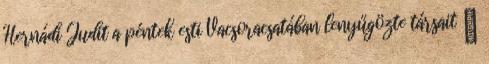
Hernádi Judit a péntek esti Vacsoracsatában lenyűgözte társait ↑